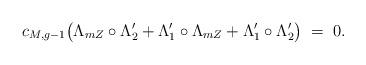
LaTeX: \begin{align*}c_{M,g-1}\bigl(\Lambda_{mZ}\circ \Lambda_2' + \Lambda_1'\circ \Lambda_{mZ} + \Lambda_1'\circ \Lambda_2' \bigr) \;=\; 0.\end{align*}